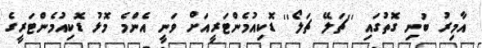
އާމިރު ބުނި ގޮތުގައި ''ޗަލޭ ޗަލޯ'' ޑޮކިއުމެންޓަރީއަށް ވަނީ އެންމެ މޮޅު ޑޮކިއުމެންޓަރީގެ